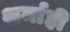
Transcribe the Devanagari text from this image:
शर्माही